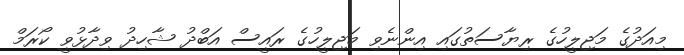
މިއަދުގެ މަޖިލީހުގެ ރިޔާސަތުގައި އިންނެވި މަޖިލީހުގެ ރައީސް އަބްދު ޝާހިދު ވިދާޅުވީ ކޯރަމް